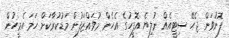
ފޮނުވަން ޖެހޭ ސިޓީއެއް ނުލިޔެ އޮފީހުގެ އެހެން މުވައްޒަފުން މަޑުކުރާކަށް ހަމަ އެމީހުން